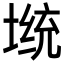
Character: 𡎭